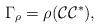
LaTeX: \begin{align*} \Gamma_{\rho} = \rho( {\mathcal C} {\mathcal C}^* ),\end{align*}